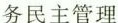
务民主管理